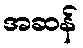
အဆန်